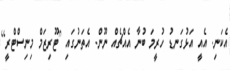
އެކަނި. އެއީ އަޅުގަނޑު ހުރީމަ ބުނާ އެއްޗެއް ނޫން. އެތަނުގައި [ޓޫރިޒަމް މިނިސްޓްރީ]